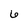
Character: 6